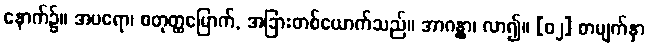
နောက်၌။ အပရော၊ စတုတ္ထမြောက်, အခြားတစ်ယောက်သည်။ အာဂန္တွာ၊ လာ၍။ [၀၂] စာမျက်နှာ